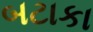
બટાકા